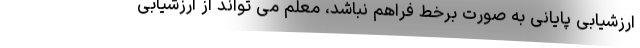
ارزشیابی پایانی به صورت برخط فراهم نباشد، معلم می تواند از ارزشیابی